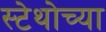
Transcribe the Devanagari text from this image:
स्टेथोच्या